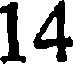
14